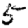
Digit: 5